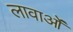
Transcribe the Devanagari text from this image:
लावाओं